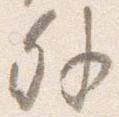
外